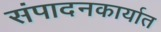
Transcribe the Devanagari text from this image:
संपादनकार्यात